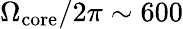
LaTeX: \Omega_{\mathrm{core}}/2\pi\sim 600